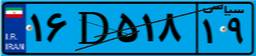
۱۶D۵۱۸۱۹